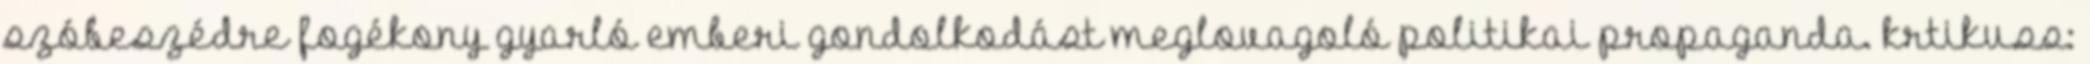
szóbeszédre fogékony gyarló emberi gondolkodást meglovagoló politikai propaganda. krtikuss: